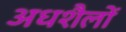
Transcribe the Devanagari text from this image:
अधशैलों